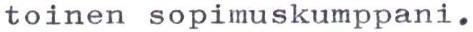
toinen sopimuskumppani.